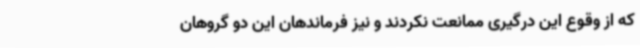
که از وقوع این درگیری ممانعت نکردند و نیز فرماندهان این دو گروهان